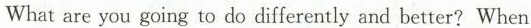
What are you going to do differently and better? When